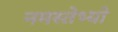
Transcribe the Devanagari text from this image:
नमस्तेभ्यो